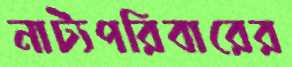
নাট্যপরিবারের